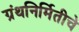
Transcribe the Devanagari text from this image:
ग्रंथनिर्मितीचे